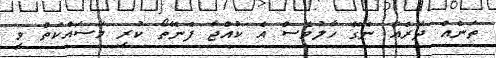
ތަނެއް ދޮރެއް ނޭގޭ ހާލުވެސް އެ ކުއްޖާ ފެނޭތޯ ކުރި މަސައްކަތް ވީ